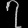
Digit: ၇